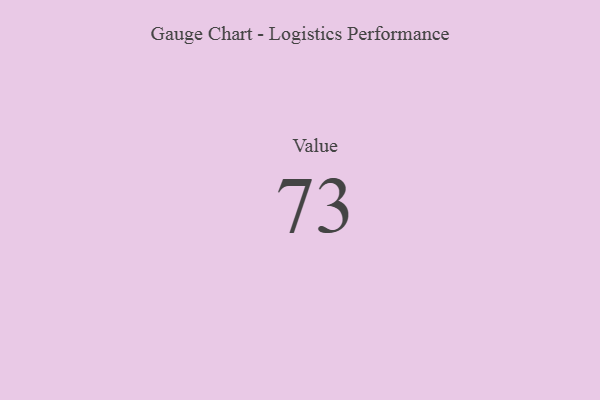
{"axis": {"x": "Metric", "y": "Value"}, "legend": [""], "data": [{"x": "Value", "y": 73, "type": ""}]}